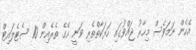
އެހެން ނަމަވެސް މިހާރު ޖައްވުގައި ހަރަކާތްތެރި ވަނީ އޭގެ ތެރެއިން 10 ސެޓެލައިޓް